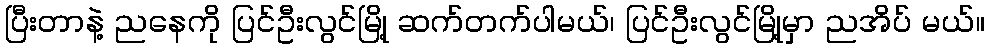
ပြီးတာနဲ့ ညနေကို ပြင်ဦးလွင်မြို့ ဆက်တက်ပါမယ်၊ ပြင်ဦးလွင်မြို့မှာ ညအိပ် မယ်။